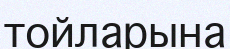
тойларына